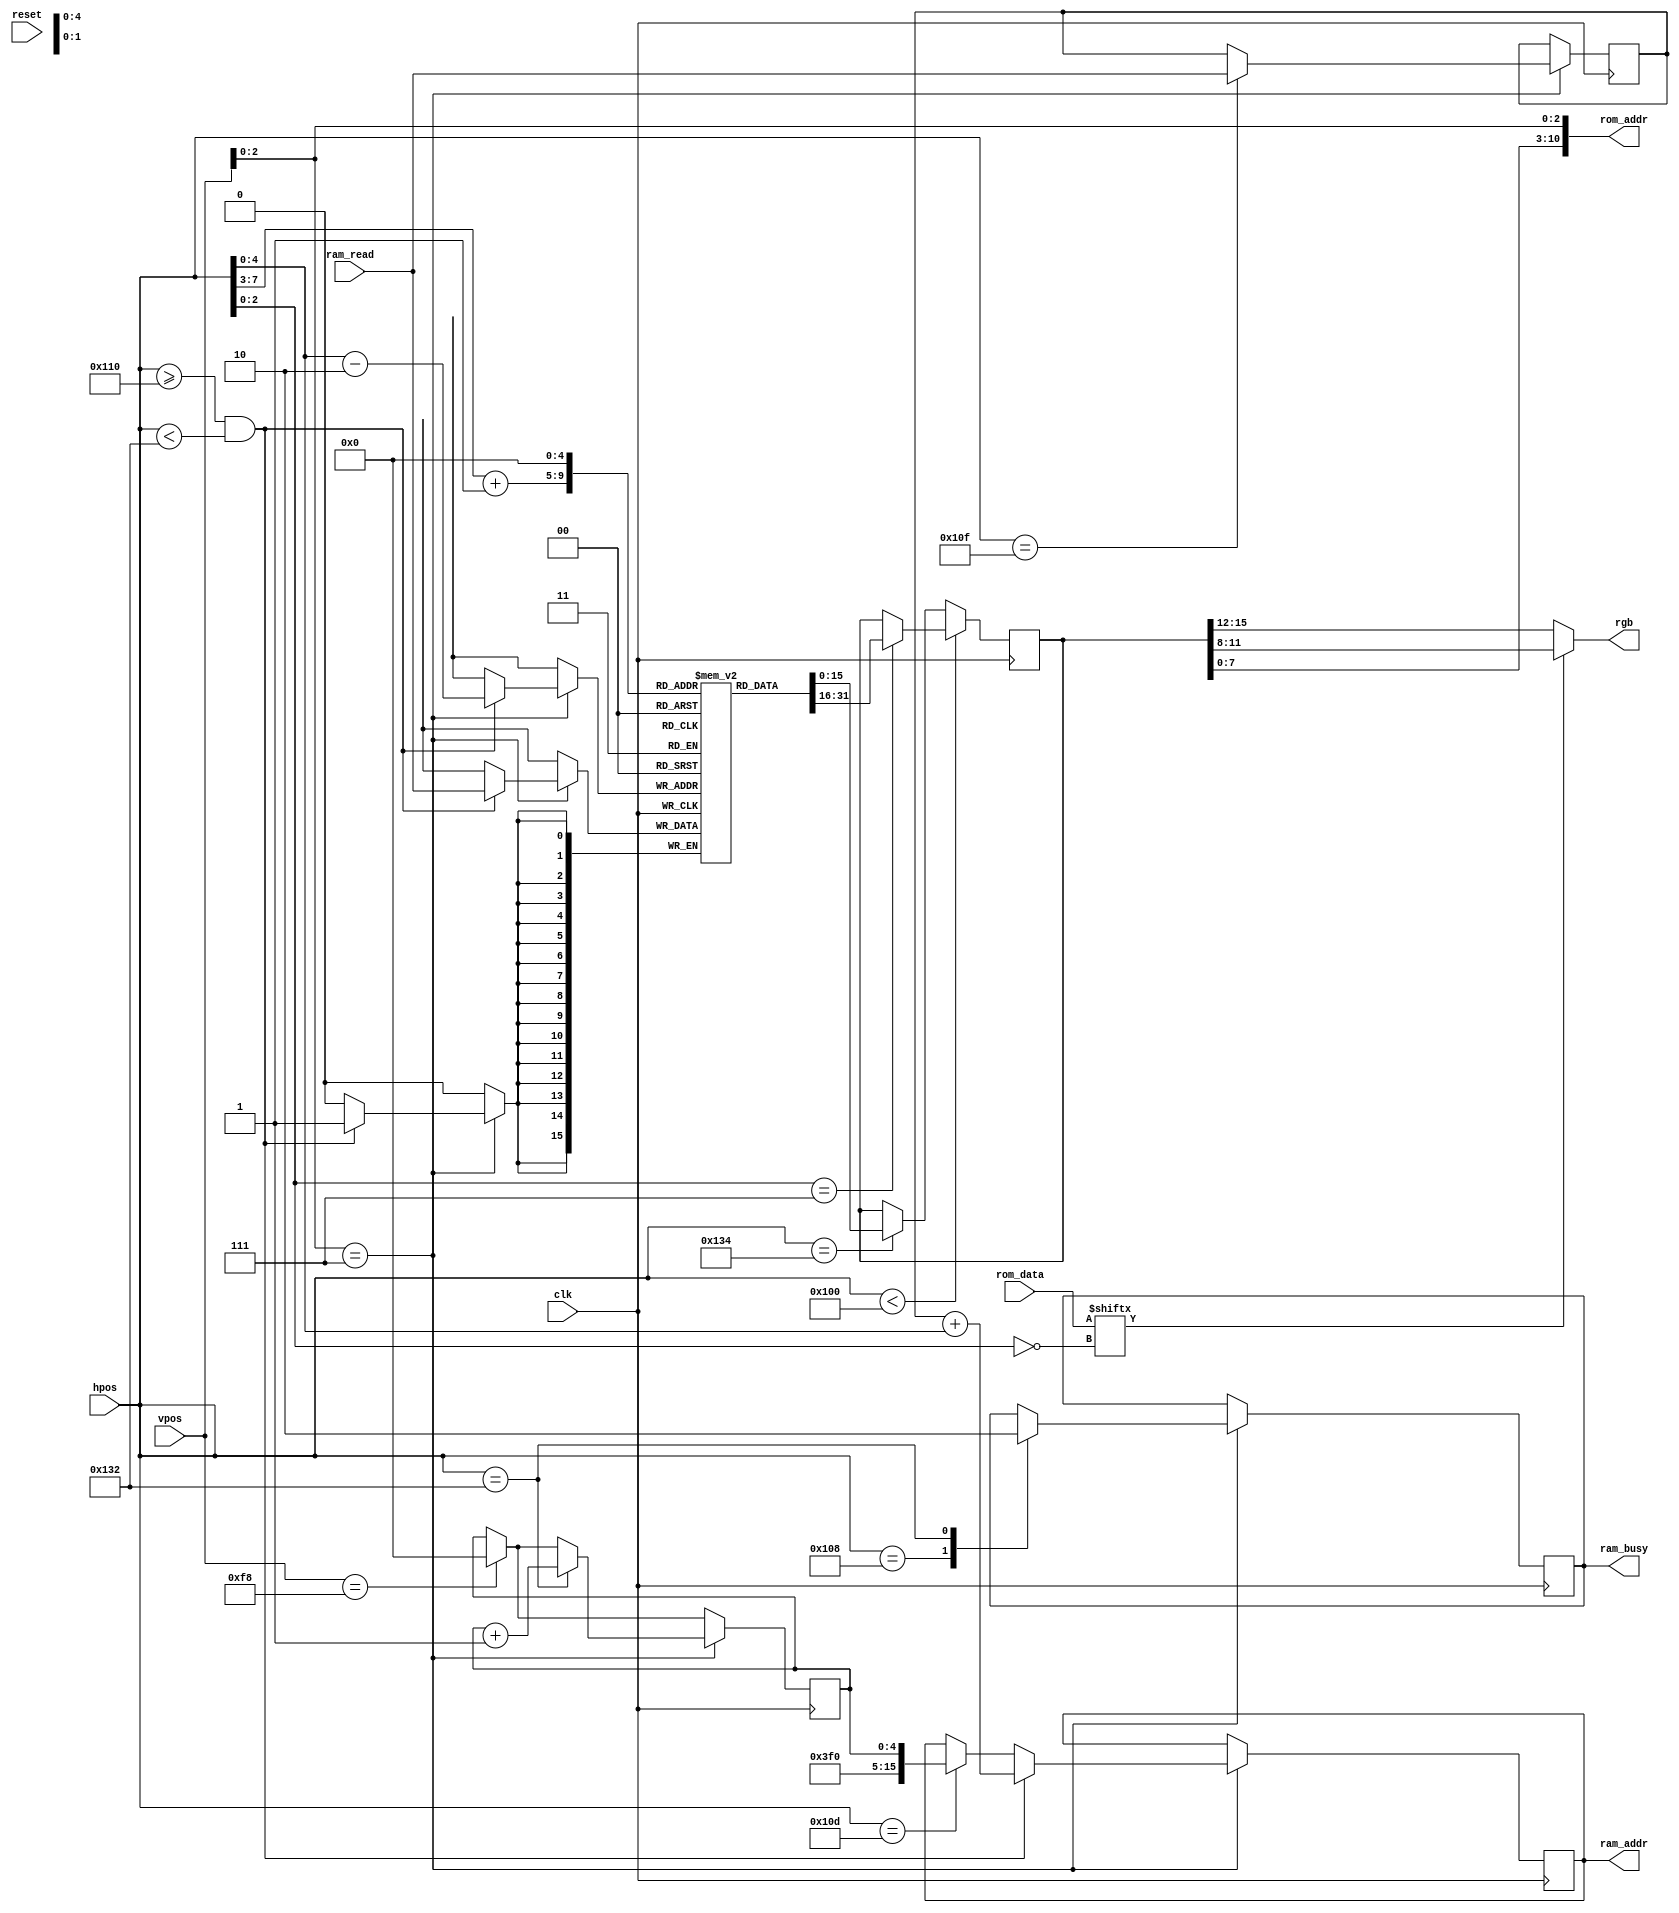
// This program was cloned from: https://github.com/sehugg/fpga-examples
// License: Creative Commons Zero v1.0 Universal


/*
Displays a 32x30 grid of 8x8 tiles, whose attributes are
  fetched from RAM, and whose bitmap patterns are in ROM.
*/

module tile_renderer(clk, reset, hpos, vpos,
                     rgb,
                     ram_addr, ram_read, ram_busy,
                     rom_addr, rom_data);

  input clk, reset;
  input [8:0] hpos;
  input [8:0] vpos;
  output [3:0] rgb;
  
  // start loading cells from RAM at this hpos value
  // first column read will be ((HLOAD-2) % 32)
  parameter HLOAD = 272;

  output reg [15:0] ram_addr;
  input [15:0] ram_read;
  output reg ram_busy;

  output [10:0] rom_addr;
  input [7:0] rom_data;
  
  reg [7:0] page_base = 8'h7e;	// page table base (8 bits)
  reg [15:0] row_base;		// row table base (16 bits)
  reg [4:0] row;
  //wire [4:0] row = vpos[7:3];	// 5-bit row, vpos / 8
  wire [4:0] col = hpos[7:3];	// 5-bit column, hpos / 8
  wire [2:0] yofs = vpos[2:0];  // scanline of cell (0-7)
  wire [2:0] xofs = hpos[2:0];  // which pixel to draw (0-7)
  
  reg [15:0] cur_cell;
  wire [7:0] cur_char = cur_cell[7:0];
  wire [7:0] cur_attr = cur_cell[15:8];

  // tile ROM address
  assign rom_addr = {cur_char, yofs};
  
  reg [15:0] row_buffer[0:31];
  
  // lookup char and attr
  always @(posedge clk) begin
    // reset row to 0 when last row displayed
    if (vpos == 248) begin
      row <= 0;
    end
    // time to read a row?
    if (vpos[2:0] == 7) begin
      // read row_base from page table (2 bytes)
      case (hpos)
        // assert busy 5 cycles before first RAM read
        HLOAD-8: ram_busy <= 1;
        // read page base for row
        HLOAD-3: ram_addr <= {page_base, 3'b000, row};
        HLOAD-1: row_base <= ram_read;
        // deassert BUSY and increment row counter
        HLOAD+34: begin
          ram_busy <= 0;
          row <= row + 1;
        end
      endcase
      // load row of tile data from RAM
      // (last two twice)
      if (hpos >= HLOAD && hpos < HLOAD+34) begin
        ram_addr <= row_base + hpos[4:0];
        row_buffer[hpos[4:0] - 5'd2] <= ram_read;
      end
    end
    // latch character data
    if (hpos < 256) begin
      case (hpos[2:0])
        7: begin
          cur_cell <= row_buffer[col+1];
        end
      endcase
    end else if (hpos == 308) begin
      cur_cell <= row_buffer[0];
    end
  end
      
  // extract bit from ROM output
  assign rgb = rom_data[~xofs] ? cur_attr[3:0] : cur_attr[7:4];
  
endmodule